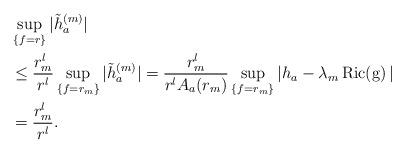
LaTeX: \begin{align*} & \sup _{\{f=r\}} |\tilde{h}_a^{(m)}| \\ & \leq \frac{r_m^l}{r^l} \sup _{\{f=r_m\}} |\tilde{h}_a^{(m)}|=\frac{r_m^l}{r^l A_a(r_m)} \sup _{\{f=r_m\}}|h_a-\lambda_m \operatorname{Ric(g)}| \\ &=\frac{r_m^l}{r^l}. \end{align*}